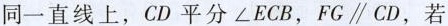
同一直线上，CD平分\angle ECB, FG//CD, 若